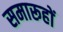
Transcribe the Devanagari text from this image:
समारूहों